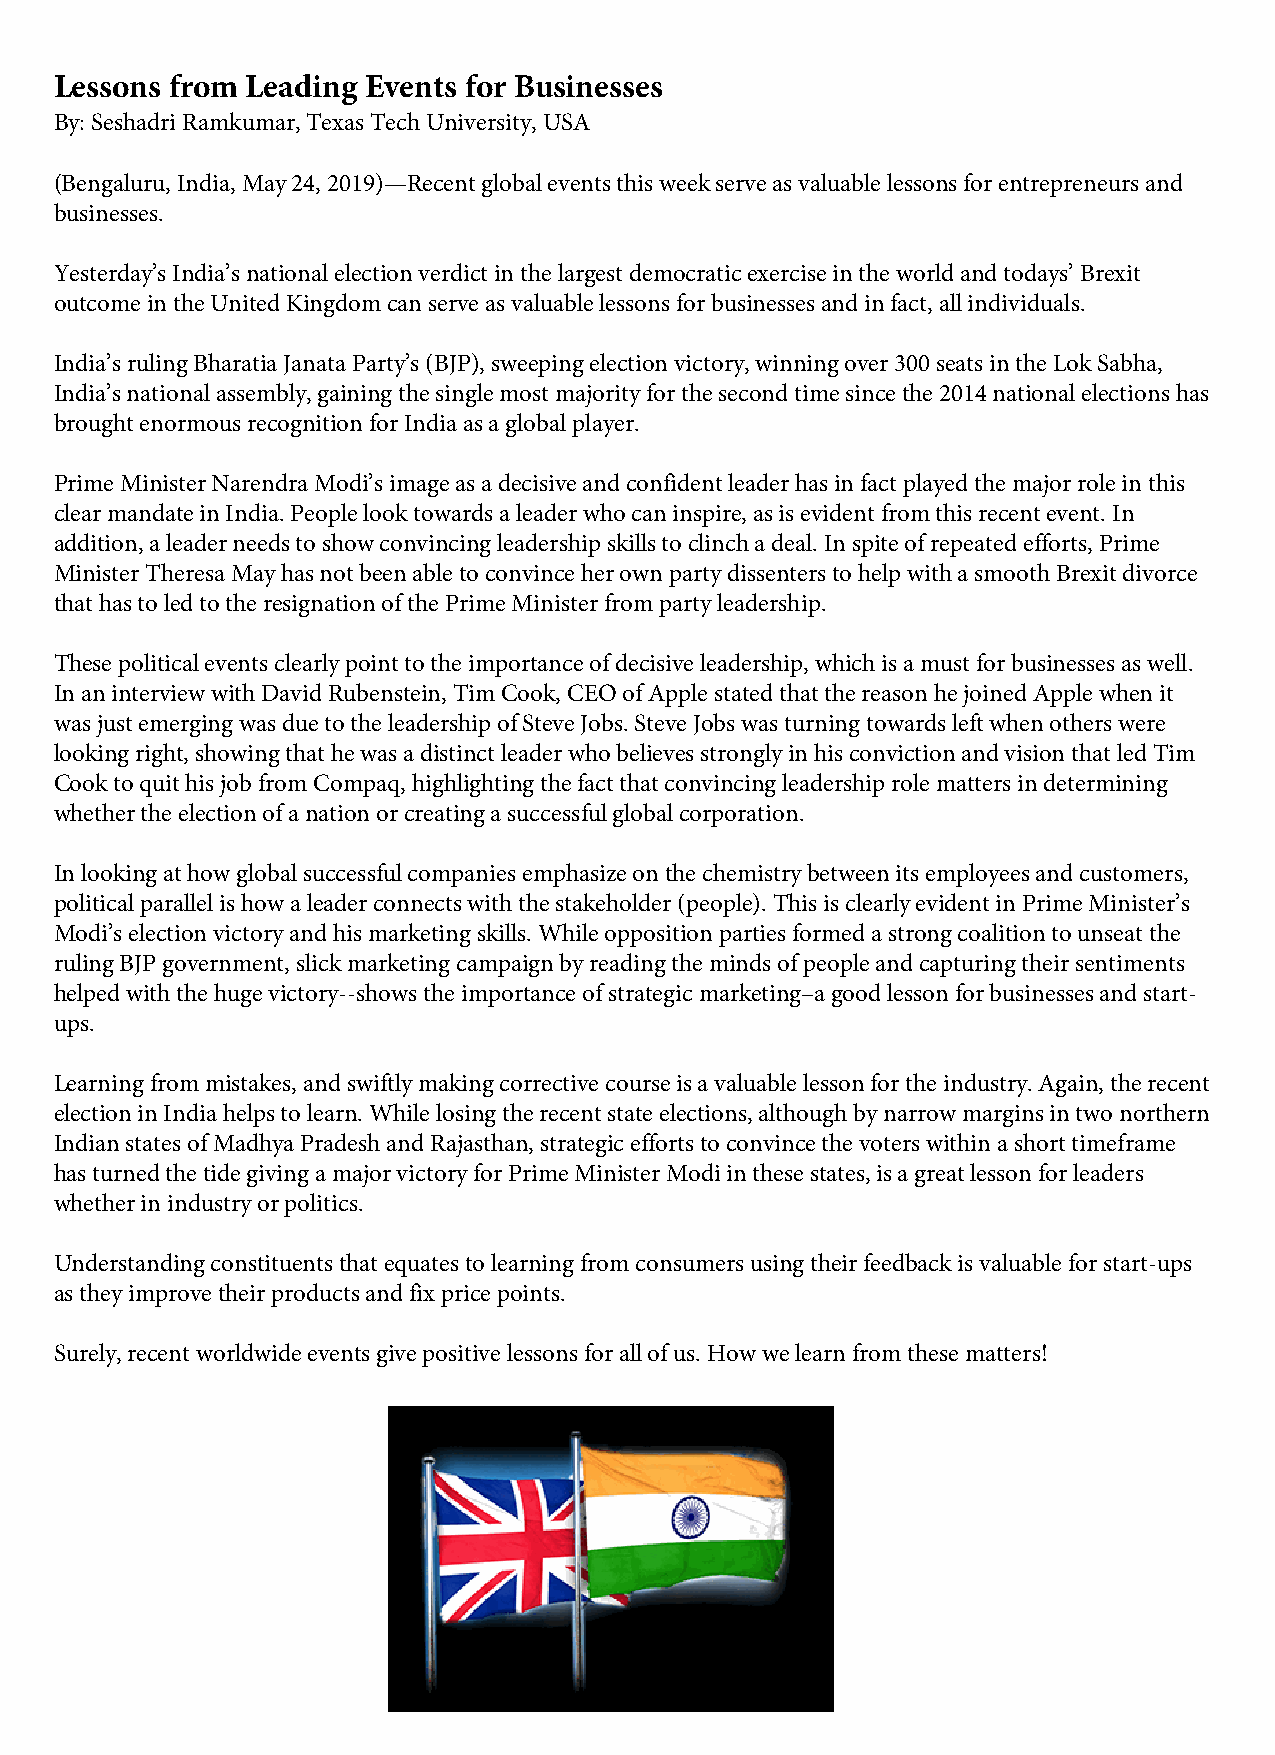
Lessons from Leading Events for Businesses
 By: Seshadri Ramkumar, Texas Tech University, USA
 (Bengaluru, India, May 24, 2019)—Recent global events this week serve as valuable lessons for entrepreneurs and
 businesses.
 Yesterday’s India’s national election verdict in the largest democratic exercise in the world and todays’ Brexit
 outcome in the United Kingdom can serve as valuable lessons for businesses and in fact, all individuals.
 India’s ruling Bharatia Janata Party’s (BJP), sweeping election victory, winning over 300 seats in the Lok Sabha,
 India’s national assembly, gaining the single most majority for the second time since the 2014 national elections has
 brought enormous recognition for India as a global player.
 Prime Minister Narendra Modi’s image as a decisive and confident leader has in fact played the major role in this
 clear mandate in India. People look towards a leader who can inspire, as is evident from this recent event. In
 addition, a leader needs to show convincing leadership skills to clinch a deal. In spite of repeated efforts, Prime
 Minister Theresa May has not been able to convince her own party dissenters to help with a smooth Brexit divorce
 that has to led to the resignation of the Prime Minister from party leadership.
 These political events clearly point to the importance of decisive leadership, which is a must for businesses as well.
 In an interview with David Rubenstein, Tim Cook, CEO of Apple stated that the reason he joined Apple when it
 was just emerging was due to the leadership of Steve Jobs. Steve Jobs was turning towards left when others were
 looking right, showing that he was a distinct leader who believes strongly in his conviction and vision that led Tim
 Cook to quit his job from Compaq, highlighting the fact that convincing leadership role matters in determining
 whether the election of a nation or creating a successful global corporation.
 In looking at how global successful companies emphasize on the chemistry between its employees and customers,
 political parallel is how a leader connects with the stakeholder (people). This is clearly evident in Prime Minister’s
 Modi’s election victory and his marketing skills. While opposition parties formed a strong coalition to unseat the
 ruling BJP government, slick marketing campaign by reading the minds of people and capturing their sentiments
 helped with the huge victory--shows the importance of strategic marketing–a good lesson for businesses and start-
 ups.
 Learning from mistakes, and swiftly making corrective course is a valuable lesson for the industry. Again, the recent
 election in India helps to learn. While losing the recent state elections, although by narrow margins in two northern
 Indian states of Madhya Pradesh and Rajasthan, strategic efforts to convince the voters within a short timeframe
 has turned the tide giving a major victory for Prime Minister Modi in these states, is a great lesson for leaders
 whether in industry or politics.
 Understanding constituents that equates to learning from consumers using their feedback is valuable for start-ups
 as they improve their products and fix price points.
 Surely, recent worldwide events give positive lessons for all of us. How we learn from these matters!